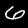
Label: 6